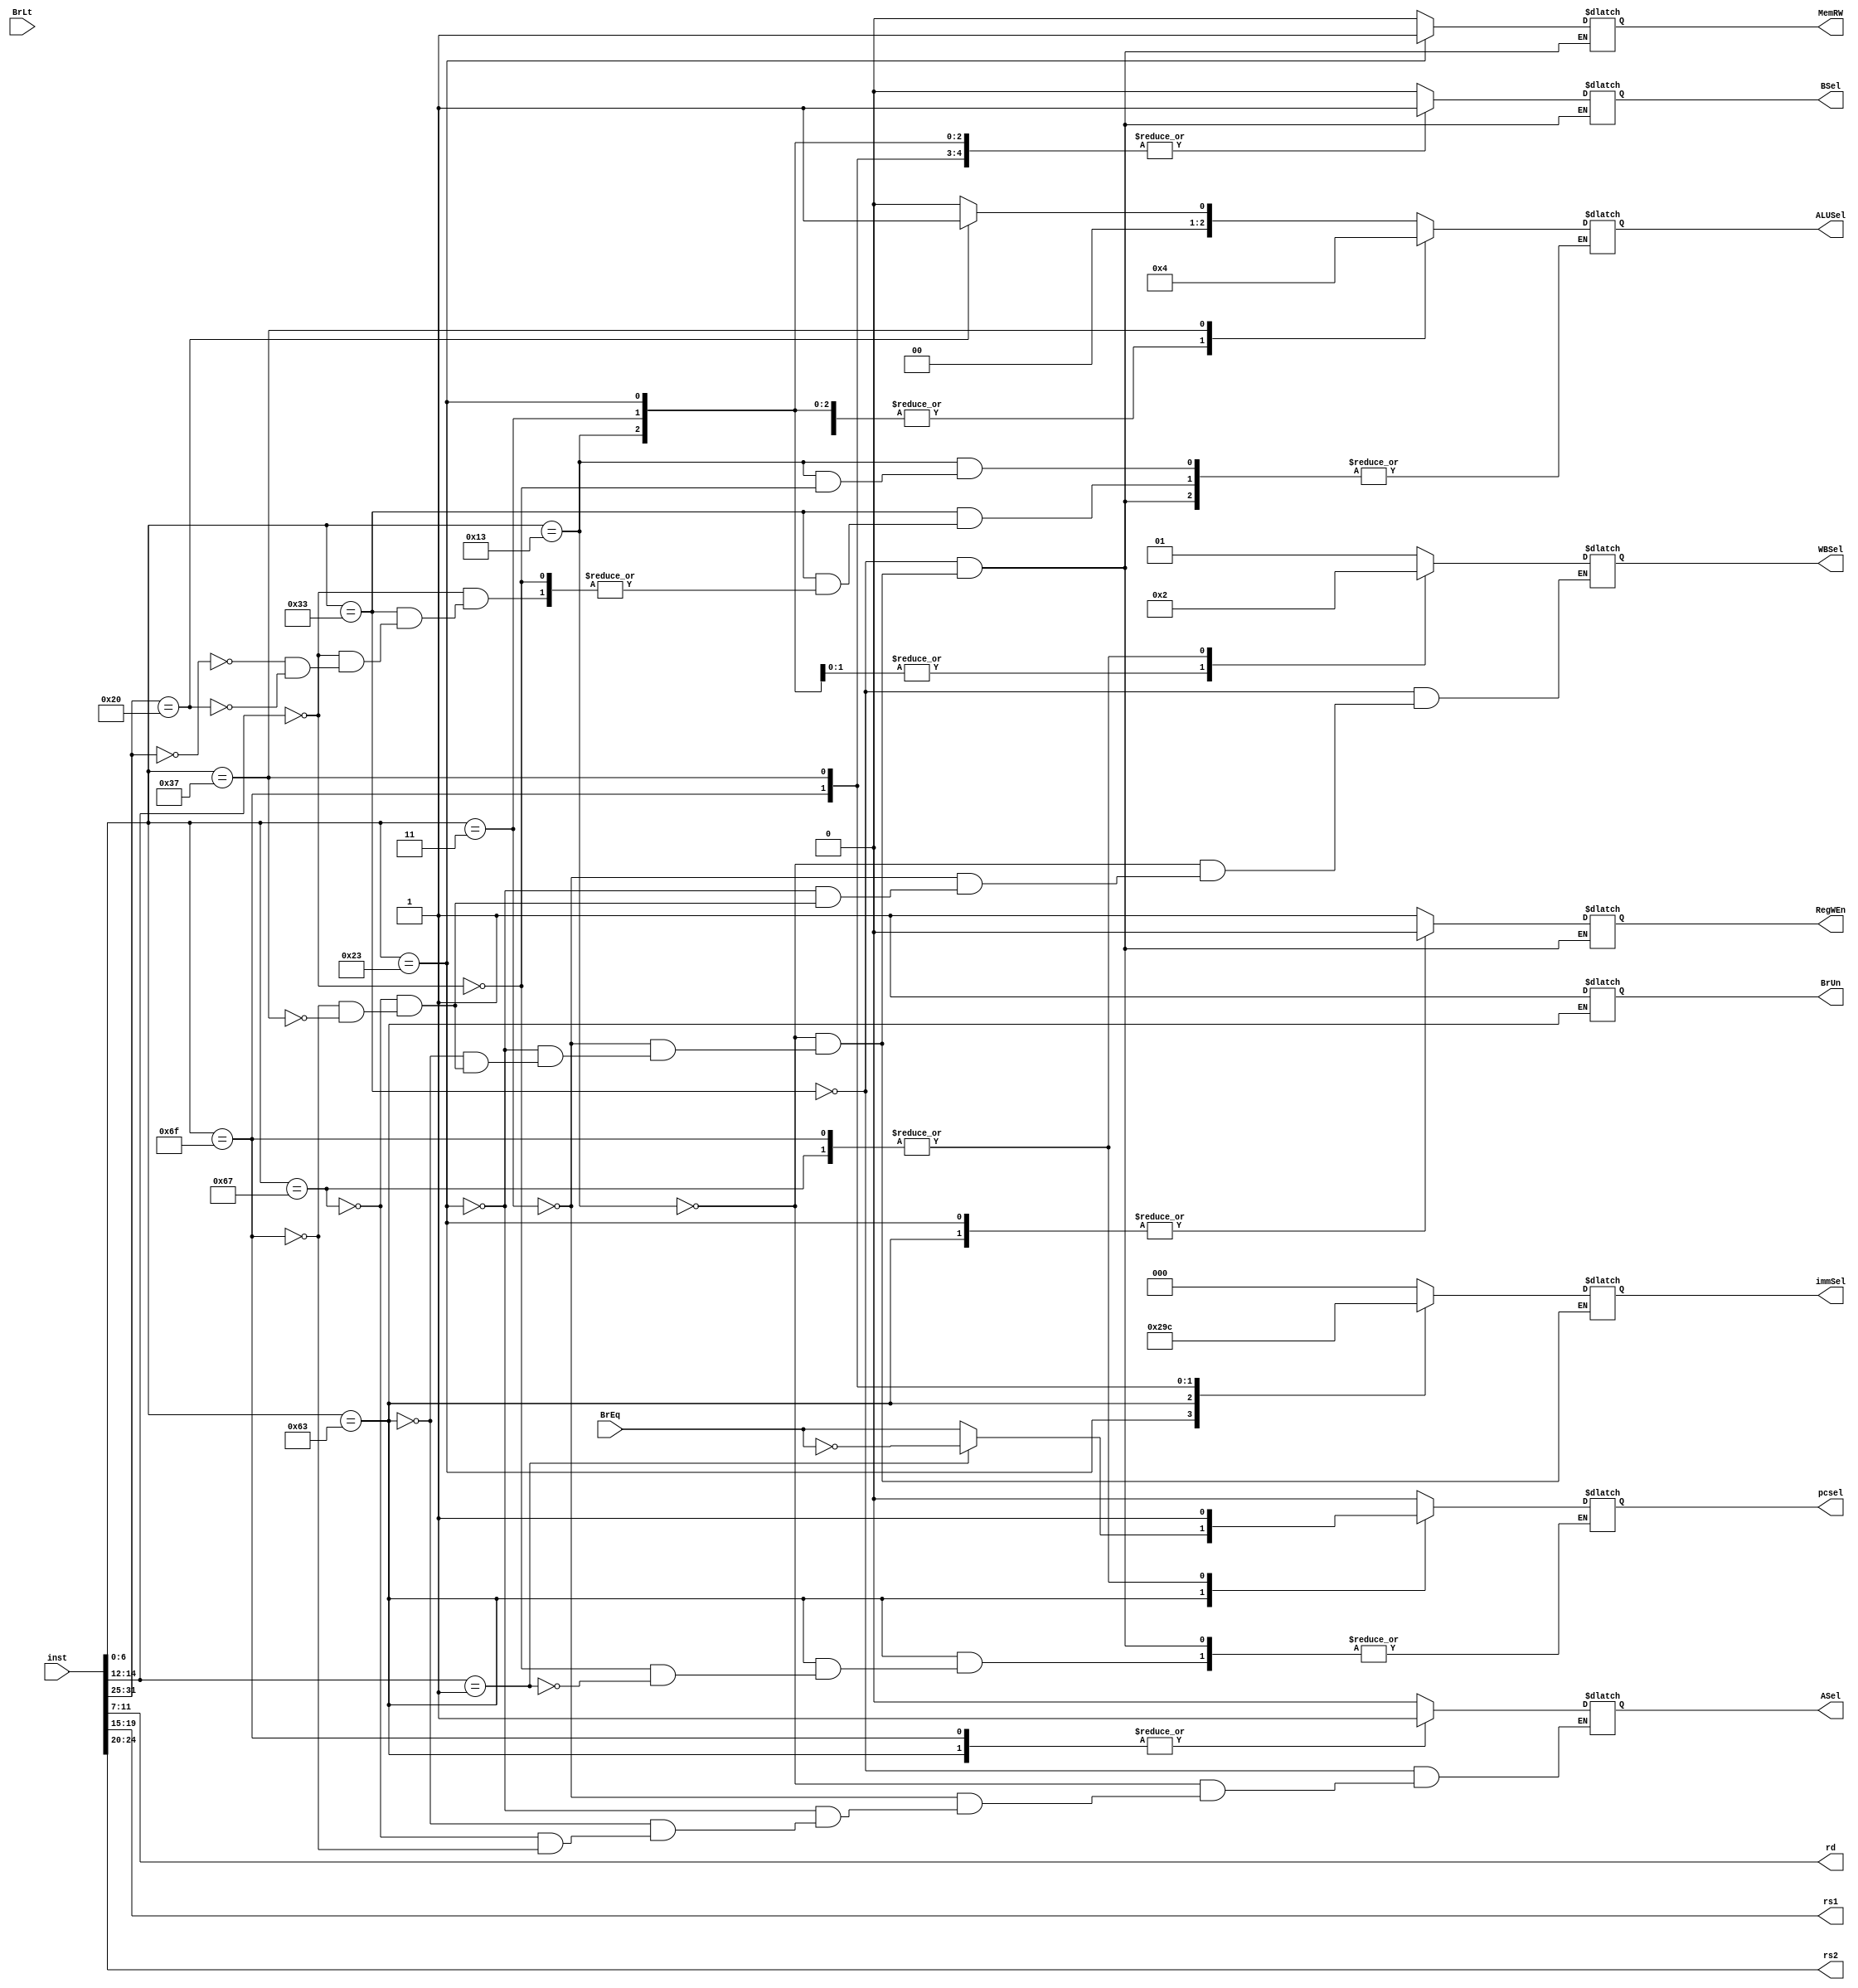
module control (
    pcsel,
    inst, rd, rs1, rs2,
    immSel, 
    RegWEn,
    BrUn, BrEq, BrLt,
    ASel, BSel, ALUSel,
    MemRW, 
    WBSel
);

input [31:0] inst;

output [4:0] rs1;
output [4:0] rs2;
output [4:0] rd;

output ASel, BSel;
output [2:0] ALUSel;
output pcsel;
output RegWEn;
output MemRW;
output [1:0] WBSel;
output BrUn;
input BrEq;
input BrLt;
output [2:0] immSel;

reg [2:0] ALUSelR;
reg ASelR, BSelR;
reg pcselR;
reg RegWEnR;
reg MemRWR;
reg [1:0] WBSelR;
reg BrUnR;
reg [2:0] immSelR;

reg [6:0] opcode;
reg [2:0] funct3;
reg [6:0] funct7;


assign rd = inst [11:7];
assign rs1 = inst [19:15];
assign rs2 = inst [24:20];

assign ALUSel = ALUSelR;
assign ASel = ASelR;
assign BSel = BSelR;
assign pcsel = pcselR;
assign RegWEn = RegWEnR;
assign WBSel = WBSelR;
assign BrUn = BrUnR;
assign immSel = immSelR;
assign MemRW = MemRWR;


always @(*) begin
    opcode = inst [6:0];
    funct3 = inst [14:12];
    funct7 = inst [31:25];
    case (opcode)
    7'b0110011: begin // R-format
        ASelR = 0;
        BSelR = 0;
        pcselR = 0;
        RegWEnR = 1;
        WBSelR = 1;
        MemRWR = 0;
        case (funct3)
            3'b000: begin //add-sub
                case (funct7)
                    7'b0000000:  ALUSelR = 2'b00; //add
                    7'b0100000:  ALUSelR = 2'b01; //sub
                endcase
            end
        endcase
    end 
    7'b0010011: begin //I-format arithmetic
        pcselR = 0;
        immSelR = 0;
        RegWEnR = 1;
        ASelR = 0;
        BSelR = 1;
        MemRWR = 0;
        WBSelR = 1;
        case (funct3)
            3'b000: begin //addi
                ALUSelR = 2'b00; //add
            end
        endcase
    end
    7'b0000011: begin //I-format LOAD
        pcselR = 0;
        immSelR = 0;
        RegWEnR = 1;
        ASelR = 0;
        BSelR = 1;
        MemRWR = 0;
        WBSelR = 0;
        ALUSelR = 2'b00;
        case (funct3)
            3'b010: begin //lw
                
            end
        endcase
    end

    7'b0100011: begin //S-format
        pcselR = 0;
        immSelR = 1;
        RegWEnR = 0;
        ASelR = 0;
        BSelR = 1;
        MemRWR = 1;
        WBSelR = 0;
        ALUSelR = 2'b00;
        case (funct3)
            3'b010: begin //sw
                
            end
        endcase
    end
    7'b1100011: begin // B-format
        immSelR = 2;
        RegWEnR = 0;
        ASelR = 1;
        BSelR = 1;
        MemRWR = 0;
        ALUSelR = 2'b00;
        BrUnR = 1;
        case (funct3)
            3'b000: begin //beq
                pcselR = BrEq;
            end
            3'b001: begin //beq
                pcselR = ~BrEq;
            end
             
        endcase
    end
    
    7'b1100111: begin // JALR
        pcselR = 1;
        immSelR = 0;
        RegWEnR = 1;
        ASelR = 0;
        BSelR = 1;
        MemRWR = 0;
        WBSelR = 2;
        ALUSelR = 2'b00;
        
    end    
    7'b1101111: begin // JAL
        pcselR = 1;
        immSelR = 3;
        RegWEnR = 1;
        ASelR = 1;
        BSelR = 1;
        MemRWR = 0;
        WBSelR = 2;
        ALUSelR = 2'b00;        
    end
    7'b0110111: begin // LUI
        pcselR = 0;
        immSelR = 4;
        RegWEnR = 1;
        BSelR = 1;
        MemRWR = 0;
        WBSelR = 1;
        ALUSelR = 4;
    end
    7'b0110111: begin // AUIPC
        pcselR = 0;
        immSelR = 4;
        RegWEnR = 1;
        ASelR = 1;
        BSelR = 1;
        MemRWR = 0;
        WBSelR = 1;
        ALUSelR = 0;
    end

endcase
end


    
endmodule